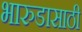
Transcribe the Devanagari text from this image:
भारुडासाठी